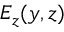
E _ { z } ( y , z )